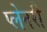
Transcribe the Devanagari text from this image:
प्लेनरी